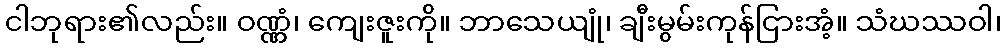
ငါဘုရား၏လည်း။ ဝဏ္ဏံ၊ ကျေးဇူးကို။ ဘာသေယျုံ၊ ချီးမွမ်းကုန်ငြားအံ့။ သံဃဿဝါ၊